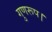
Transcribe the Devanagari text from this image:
गुणरूप।